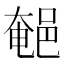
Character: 𨜀